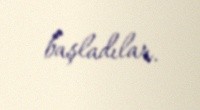
başladılar.